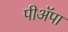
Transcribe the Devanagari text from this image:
पीअॅपा